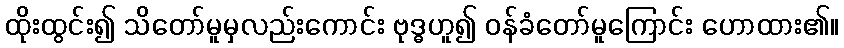
ထိုးထွင်း၍ သိတော်မူမှလည်းကောင်း ဗုဒ္ဓဟူ၍ ဝန်ခံတော်မူကြောင်း ဟောထား၏။